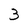
Character: 3